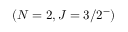
( N = 2 , J = 3 / 2 ^ { - } )